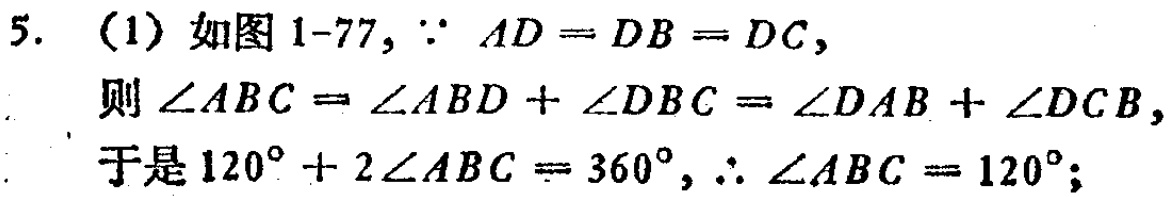
5. （1）如图1-77, $\because AD = DB = DC$,

则$\angle ABC=\angle ABD+\angle DBC=\angle DAB+\angle DCB$,

于是$120^{\circ}+2\angle ABC = 360^{\circ}$, $\therefore \angle ABC = 120^{\circ}$;